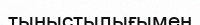
тыныстылығымен